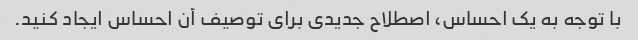
با توجه به یک احساس، اصطلاح جدیدی برای توصیف آن احساس ایجاد کنید.